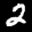
Digit: 2